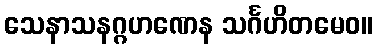
သေနာသနဂ္ဂဟဏေန သင်္ဂဟိတမေဝ။